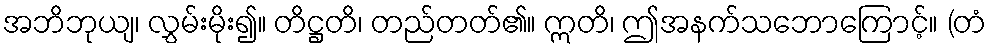
အဘိဘုယျ၊ လွှမ်းမိုး၍။ တိဋ္ဌတိ၊ တည်တတ်၏။ ဣတိ၊ ဤအနက်သဘောကြောင့်။ (တံ